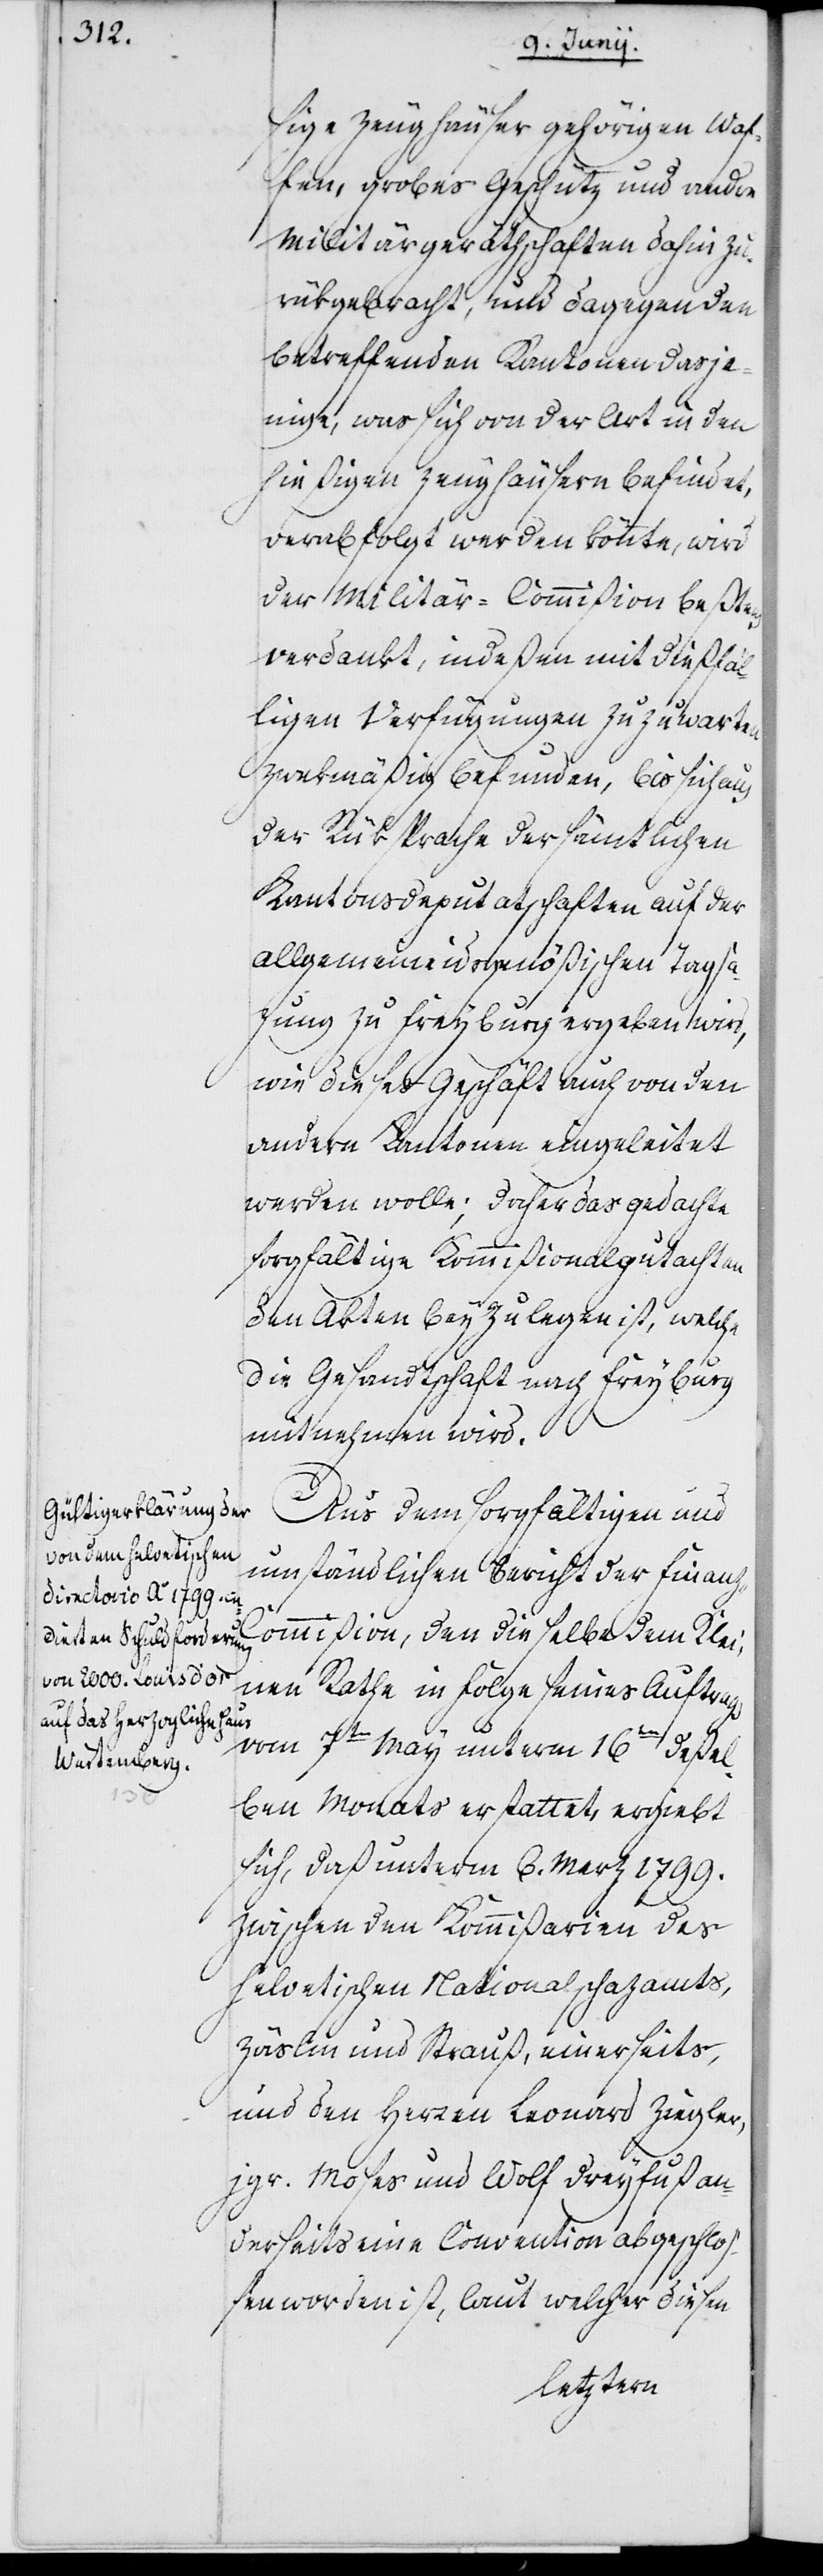
sige Zeughäuser gehörigen Waf¬
fen, grobes Geschütz und andre
Militärgeräthschaften dahin zu¬
rückgebracht, und dagegen den
betreffenden Kantonen dasje¬
nige, was sich von der Art in den
hießigen Zeughäusern befindet,
verabfolgt werden könnte, wird
der Militär-Commißion beßtens
verdankt, indeßen mit dießfäl¬
ligen Verfügungen zuzuwarten
zwekmäßig befunden, bis sich aus
der Rüksprache der sämtlichen
Kantonsdeputatschaften auf der
allgemeineidsgenößischen Tagsa¬
zung zu Freyburg ergeben wird,
wie dieses Geschäft auch von den
andern Kantonen eingeleitet
werden wolle; daher das gedachte
sorgfältige Kommißionalgutachten
den Akten beyzulegen ist, welche
die Gesandtschaft nach Freyburg
mitnehmen wird.
Aus dem sorgfältigen und
umständlichen Bericht der Finan¬
z-C¬
ommißion, den dieselbe dem Klei¬
nen Rathe in Folge seines Auftrags
vom 7ten May unterm 16ten deßel¬
ben Monats erstattet, ergiebt
sich, daß unterm 6. Merz 1799.
zwischen den Kommißarien des
Helvetischen Nationalschazamts,
Zäslin und Strauß, einerseits,
und den Herren Leonard Ziegler,
jgr. Moses und Wolf Dreyfuß an¬
derseits eine Convention abgeschloß¬
en worden ist, laut welcher diesen